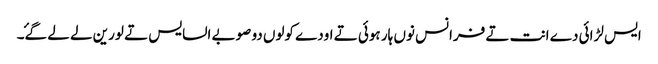
ایس لڑائی دے انت تے فرانس نوں ہار ہوئی تے اودے کولوں دو صوبے السایس تے لورین لے لے گۓ۔